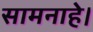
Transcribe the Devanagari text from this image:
सामनाहे।